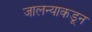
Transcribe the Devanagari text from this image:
जालन्याकडून